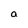
Character: a